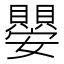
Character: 𭒱